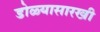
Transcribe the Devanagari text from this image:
डोळ्यासारखी